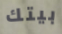
بيتك